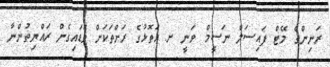
ރަނިންގް މޭޓް ފައިސަލް ނަސީމް ވަނީ ށ. އަތޮޅުގެ ރަށްތަކަށް ވަޑައިގެން ރައްޔިތުންނާ